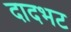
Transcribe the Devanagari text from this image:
दादभट